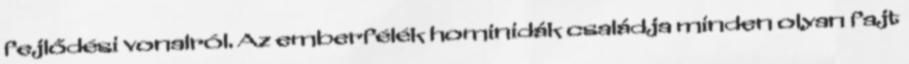
fejlődési vonalról. Az emberfélék hominidák családja minden olyan fajt